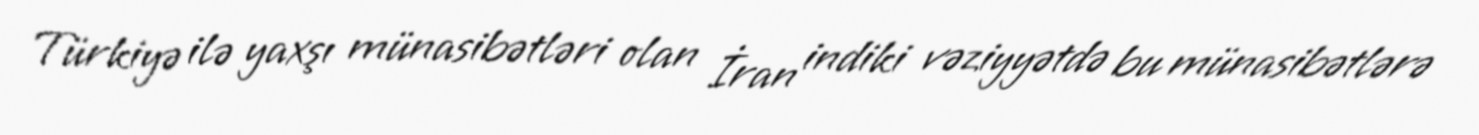
Türkiyə ilə yaxşı münasibətləri olan İran indiki vəziyyətdə bu münasibətlərə